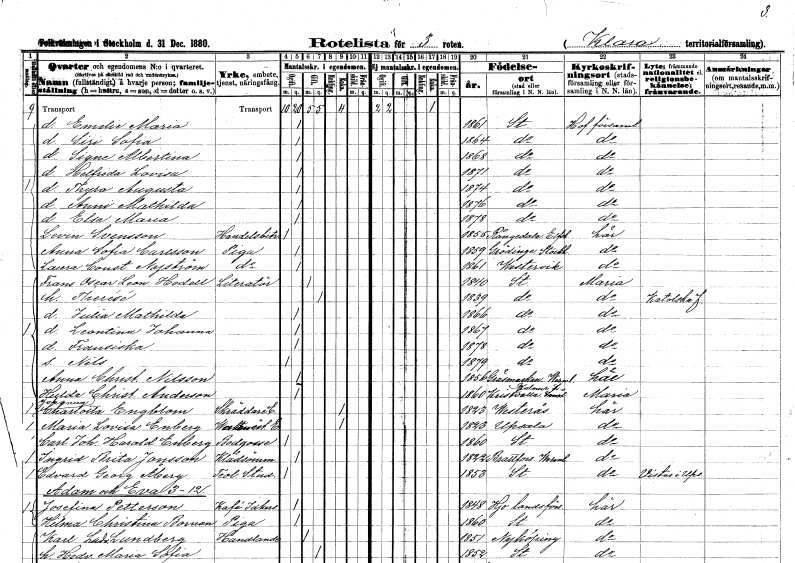
gt_parse: households: individuals: FN: Emelie Maria
KON: K
CIV: O
FODAR: 1861
FODFORS: Stockholm
FN: Siri Sofia
KON: K
CIV: O
FODAR: 1864
FODFORS: Stockholm
FN: Signe Albertina
KON: K
CIV: O
FODAR: 1868
FODFORS: Stockholm
FN: Helfrida Lovisa
KON: K
CIV: O
FODAR: 1871
FODFORS: Stockholm
FN: Thyra Augusta
KON: K
CIV: O
FODAR: 1874
FODFORS: Stockholm
FN: Anni Mathilda
KON: K
CIV: O
FODAR: 1876
FODFORS: Stockholm
FN: Elsa Maria
KON: K
CIV: O
FODAR: 1878
FODFORS: Stockholm
FN: Levin
EN: Svensson
YRKE: Handelsbiträde
KON: M
CIV: O
FODAR: 1855
FODFORS: Rångedala Älvsborgs län
FN: Anna Sofia
EN: Carlsson
YRKE: Piga
KON: K
CIV: O
FODAR: 1859
FODFORS: Grödinge Stockholms län
FN: Laura Constantia
EN: Nyström
YRKE: Piga
KON: K
CIV: O
FODAR: 1861
FODFORS: Västervik Kalmar län
FN: Frans Oscar Leonard
EN: Hodell
YRKE: Litteratör
KON: M
CIV: G
FODAR: 1840
FODFORS: Stockholm
FN: Therésé
KON: K
CIV: G
FODAR: 1839
FODFORS: Stockholm
FN: Julia Mathilda
KON: K
CIV: O
FODAR: 1866
FODFORS: Stockholm
FN: Leontina Johanna
KON: K
CIV: O
FODAR: 1867
FODFORS: Stockholm
FN: Fransiska
KON: K
CIV: O
FODAR: 1878
FODFORS: Stockholm
FN: Nils
KON: M
CIV: O
FODAR: 1879
FODFORS: Stockholm
FN: Anna Christina
EN: Nilsson
KON: K
CIV: O
FODAR: 1856
FODFORS: Gräsmark Värmlands län
FN: Hulda Christina
EN: Anderson
KON: K
CIV: O
FODAR: 1860
FODFORS: Kristvalla Kalmar län
FN: Johanna Charlotta
EN: Engblom
YRKE: Skräddareänka
KON: K
CIV: E
FODAR: 1823
FODFORS: Västerås Västmanlands län
FN: Maria Lovisa
EN: Enberg
YRKE: Vaktmästareänka
KON: K
CIV: E
FODAR: 1823
FODFORS: Uppsala Uppsala län
FN: Carl Johan Harald
EN: Enberg
YRKE: Bodgosse
KON: M
CIV: O
FODAR: 1860
FODFORS: Stockholm
FN: Ingrid Brita
EN: Jonsson
YRKE: Klädsömmerska
KON: K
CIV: O
FODAR: 1822
FODFORS: Brattfors Värmlands län
FN: Edvard Georg
EN: Åberg
YRKE: Theologie studerande
KON: M
CIV: O
FODAR: 1853
FODFORS: Stockholm
FN: Josefina
EN: Petterson
YRKE: Kaféidkerska
KON: K
CIV: O
FODAR: 1848
FODFORS: Hjo landsförsamling Skaraborgs län
FN: Hilma Christina
EN: Boman
YRKE: Piga
KON: K
CIV: O
FODAR: 1860
FODFORS: Stockholm
FN: Karl Ludvig
EN: Lundberg
YRKE: Handlande
KON: M
CIV: G
FODAR: 1851
FODFORS: Nyköping Södermanlands län
FN: Hedvig Maria Sofia
KON: K
CIV: G
FODAR: 1852
FODFORS: Stockholm